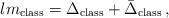
\begin{align*}lm_{\mathrm{class}} = \Delta_{\mathrm{class}} + \bar{\Delta}_{\mathrm{class}}\,,\end{align*}